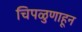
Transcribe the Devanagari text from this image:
चिपळुणाहून